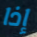
إذا